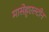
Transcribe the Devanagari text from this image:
मासेहुएल्टीन